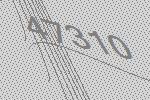
47310